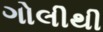
ગોલીથી